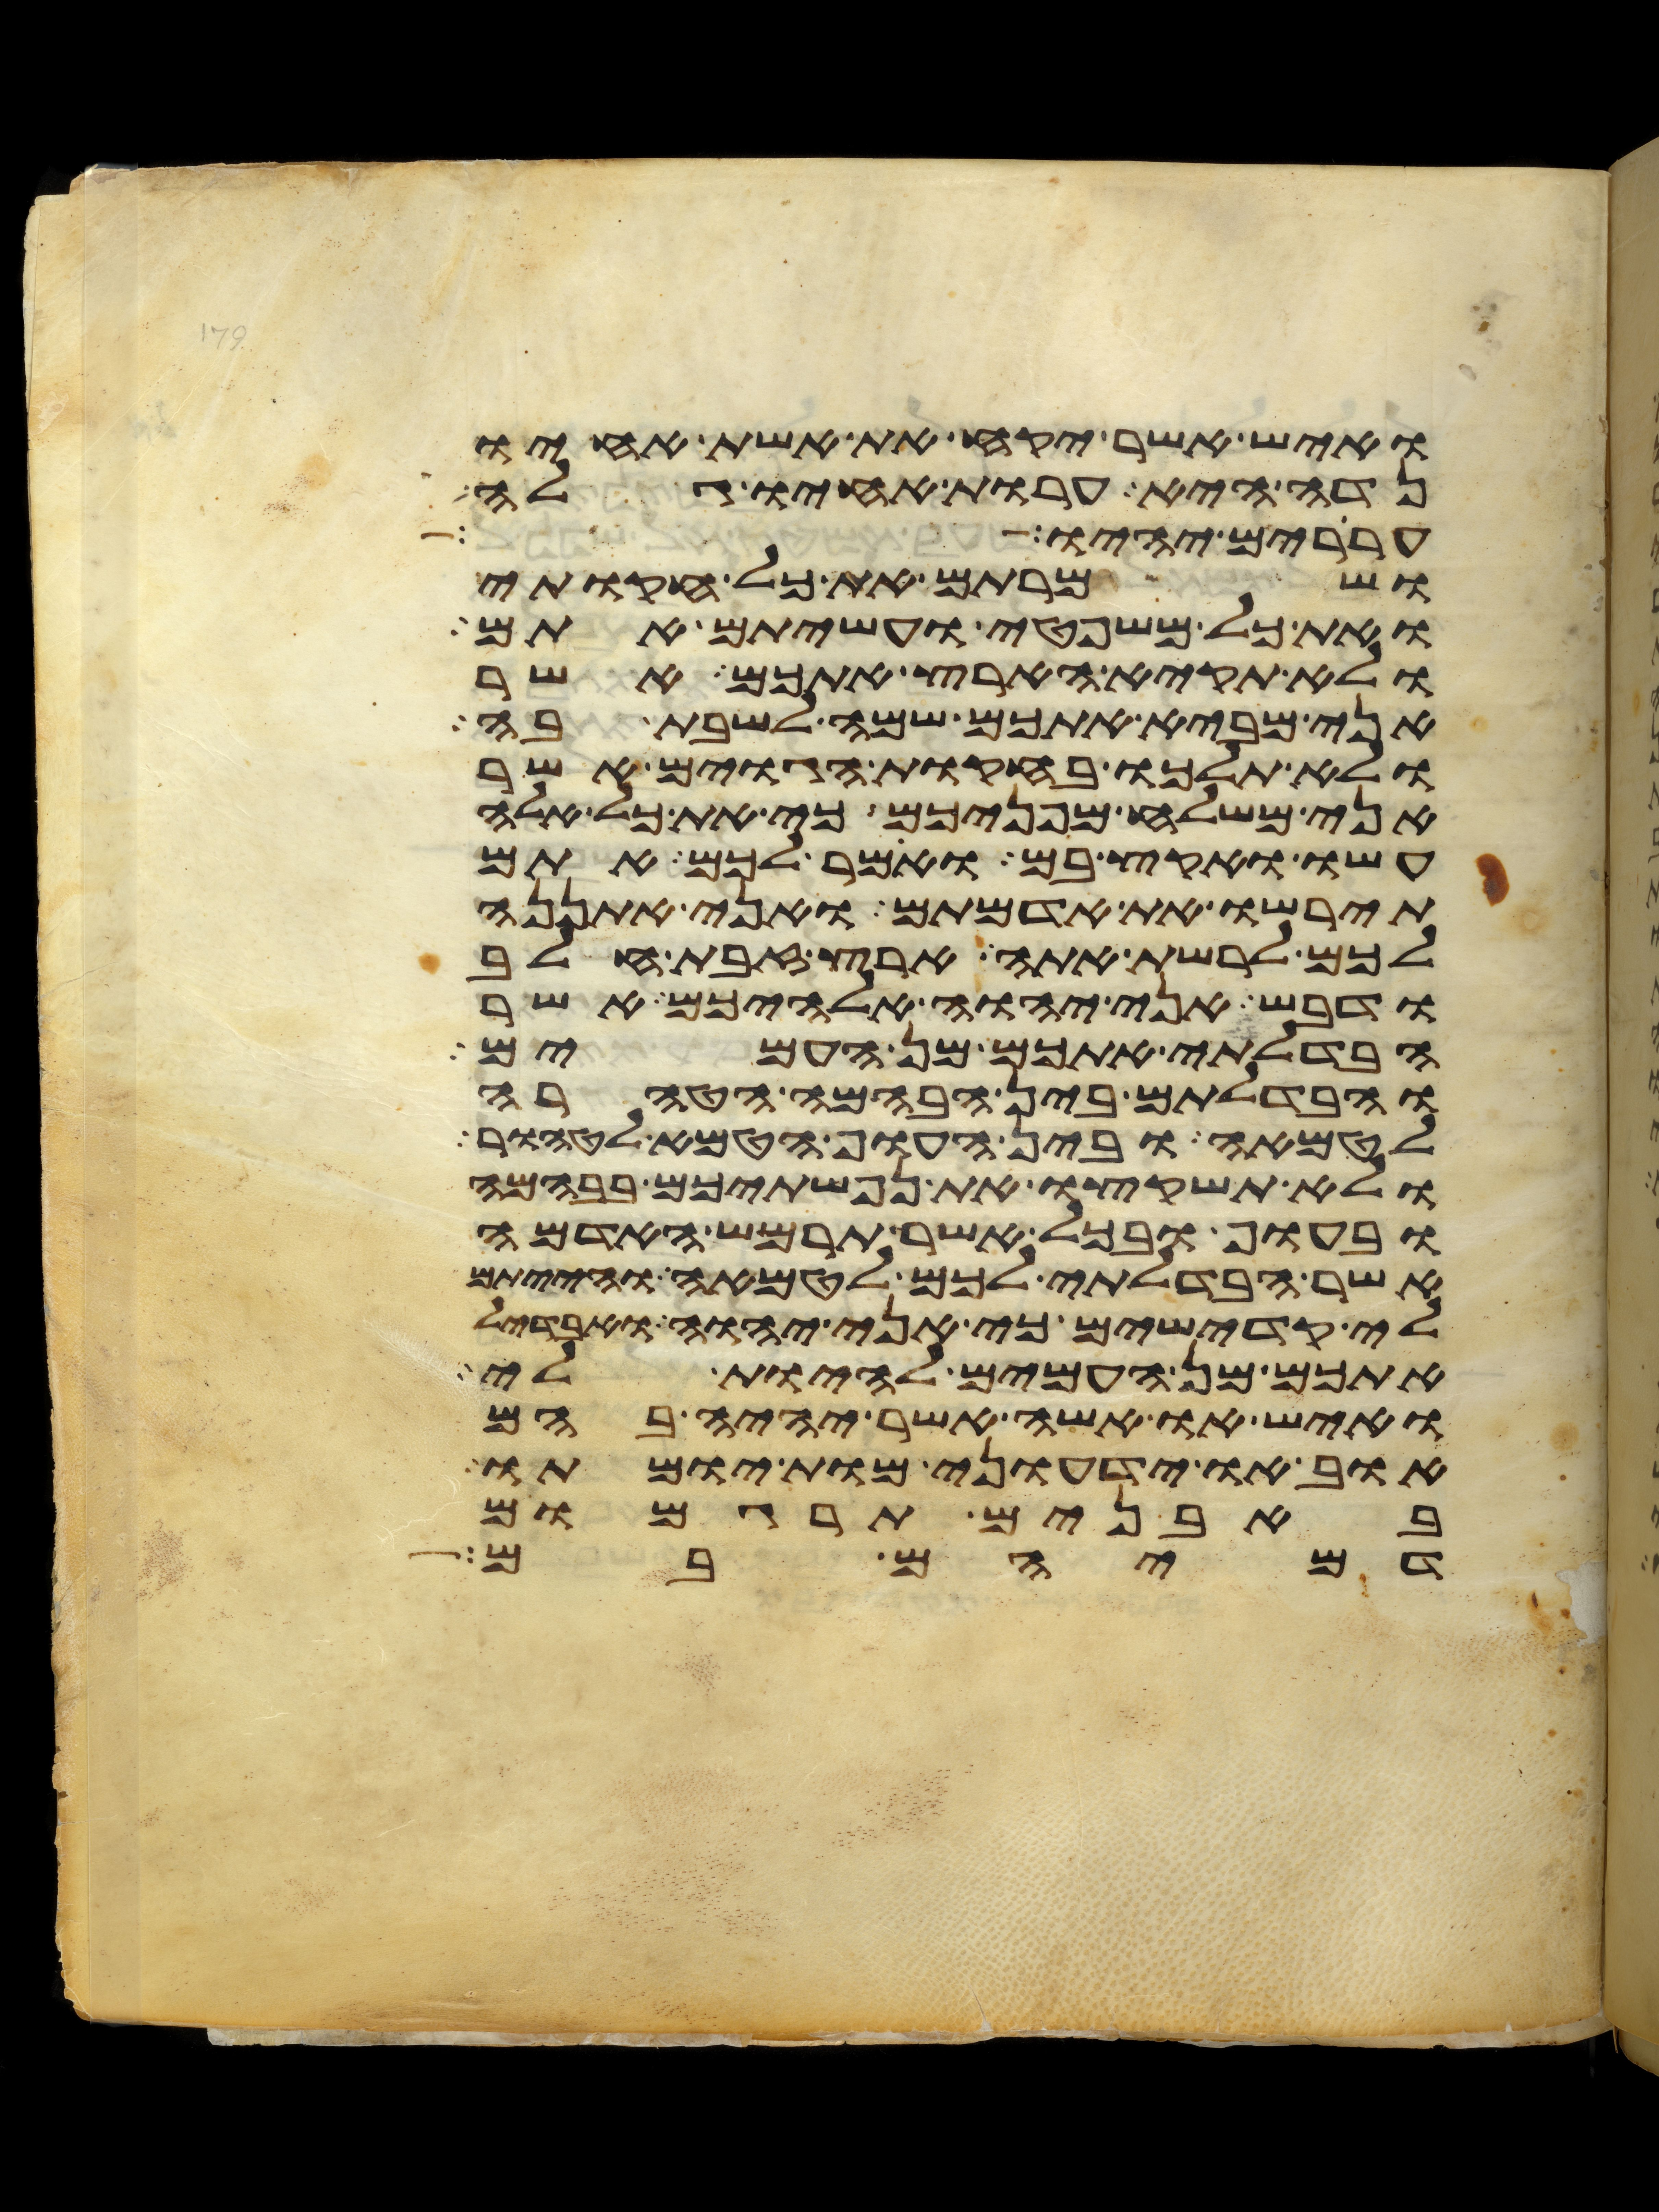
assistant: ואיש אשר יקח את אשת אחיו
נדה היא ערות אחיו גלה
עררים יהיו ושמרתם
ושמרתם את כל חקותי
ואת כל משפטי ועשיתם אתם
ולא תקיא הארץ אתכם אשר
אני מביא אתכם שמה לשבת בה
ולא תלכו בחקות הגוים אשר
אני משלח מפניכם כי את כל אלה
עשו ואקץ בם ואמר לכם אתם
תירשו את אדמתם ואני אתננה
לכם לרשת אתה ארץ זבת חלב
ודבש אני יהוה אלהיכם אשר
הבדלתי אתכם מן העמים
והבדלתם בין הבהמה הטהרה
לטמאה ובין העוף הטמא לטהור
ולא תשקצו את נפשתיכם בבהמה
ובעוף ובכל אשר תרמש האדמה
אשר הבדלתי לכם לטמאה והייתם
לי קדישים כי אני יהוה ואבדיל
אתכם מן העמים להיות לי
ואיש או אשה אשר יהיה בהם
אוב או ידעוני מות יומתו
באבנים תרגמום
דמיהם בם